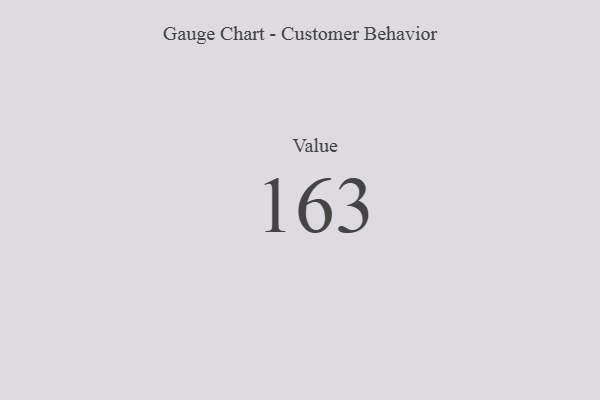
{"axis": {"x": "Metric", "y": "Value"}, "legend": [""], "data": [{"x": "Value", "y": 163, "type": ""}]}